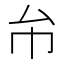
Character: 𢁔